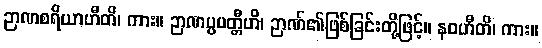
ဉာဏစရိယာဟီတိ၊ ကား။ ဉာဏပ္ပပတ္တီဟိ၊ ဉာဏ်၏ဖြစ်ခြင်းတို့ဖြင့်။ နဝဟီတိ၊ ကား။